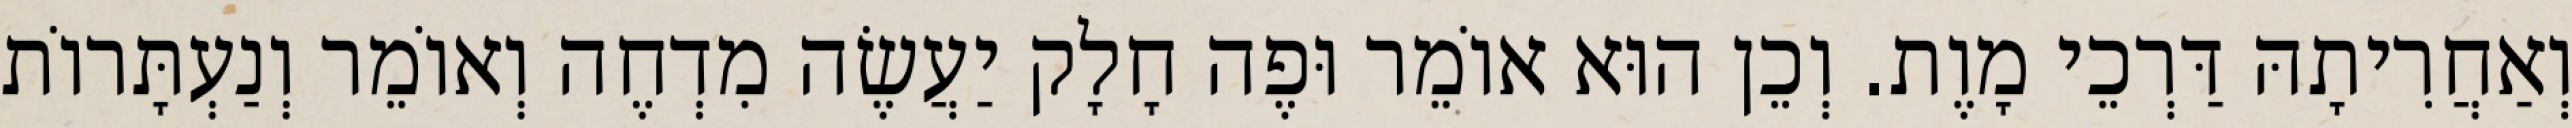
וְאַחֲרִיתָהּ דַּרְכֵי מָוֶת. וְכֵן הוּא אוֹמֵר וּפֶה חָלָק יַעֲשֶׂה מִדְחֶה וְאוֹמֵר וְנַעְתָּרוֹת